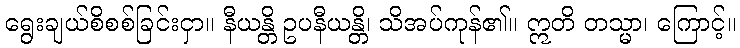
ရွေးချယ်စိစစ်ခြင်းငှာ။ နီယန္တိ ဥပနီယန္တိ၊ သိအပ်ကုန်၏။ ဣတိ တသ္မာ၊ ကြောင့်။